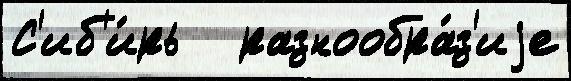
С'иб'и́рь   разнообра́з'иjе